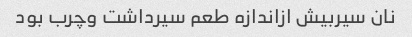
نان سیربیش ازاندازه طعم سیرداشت وچرب بود